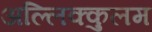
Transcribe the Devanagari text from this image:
अल्लिक्कुलम